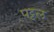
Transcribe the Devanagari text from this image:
पट्टल